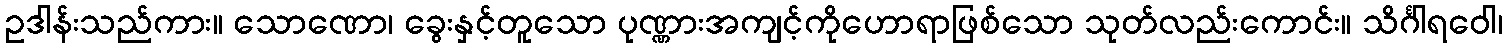
ဥဒါန်းသည်ကား။ သောဏော၊ ခွေးနှင့်တူသော ပုဏ္ဏားအကျင့်ကိုဟောရာဖြစ်သော သုတ်လည်းကောင်း။ သိင်္ဂါရဝေါ၊